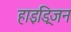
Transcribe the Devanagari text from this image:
हाइड्रिजन